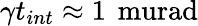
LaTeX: \gamma t_{int}\approx 1\, \mathrm{\ murad}